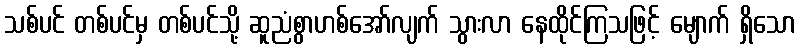
သစ်ပင် တစ်ပင်မှ တစ်ပင်သို့ ဆူညံစွာဟစ်အော်လျက် သွားလာ နေထိုင်ကြသဖြင့် မျောက် ရှိသော